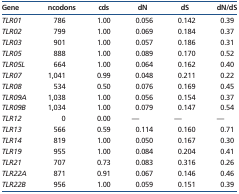
<table><thead><tr><td><b>Gene</b></td><td><b>ncodons</b></td><td><b>cds</b></td><td><b>dN</b></td><td><b>dS</b></td><td><b>dN/dS</b></td></tr></thead><tbody><tr><td><i>TLR01</i></td><td>786</td><td>1.00</td><td>0.056</td><td>0.142</td><td>0.39</td></tr><tr><td><i>TLR02</i></td><td>799</td><td>1.00</td><td>0.069</td><td>0.184</td><td>0.37</td></tr><tr><td><i>TLR03</i></td><td>901</td><td>1.00</td><td>0.057</td><td>0.186</td><td>0.31</td></tr><tr><td><i>TLR05</i></td><td>888</td><td>1.00</td><td>0.089</td><td>0.170</td><td>0.52</td></tr><tr><td><i>TLR05L</i></td><td>664</td><td>1.00</td><td>0.064</td><td>0.162</td><td>0.40</td></tr><tr><td><i>TLR07</i></td><td>1,041</td><td>0.99</td><td>0.048</td><td>0.211</td><td>0.22</td></tr><tr><td><i>TLR08</i></td><td>534</td><td>0.50</td><td>0.076</td><td>0.169</td><td>0.45</td></tr><tr><td><i>TLR09A</i></td><td>1,038</td><td>1.00</td><td>0.056</td><td>0.154</td><td>0.37</td></tr><tr><td><i>TLR09B</i></td><td>1,034</td><td>1.00</td><td>0.079</td><td>0.147</td><td>0.54</td></tr><tr><td><i>TLR12</i></td><td>0</td><td>0.00</td><td>—</td><td>—</td><td>—</td></tr><tr><td><i>TLR13</i></td><td>566</td><td>0.59</td><td>0.114</td><td>0.160</td><td>0.71</td></tr><tr><td><i>TLR14</i></td><td>819</td><td>1.00</td><td>0.050</td><td>0.167</td><td>0.30</td></tr><tr><td><i>TLR19</i></td><td>955</td><td>1.00</td><td>0.084</td><td>0.204</td><td>0.41</td></tr><tr><td><i>TLR21</i></td><td>707</td><td>0.73</td><td>0.083</td><td>0.316</td><td>0.26</td></tr><tr><td><i>TLR22A</i></td><td>871</td><td>0.91</td><td>0.067</td><td>0.146</td><td>0.46</td></tr><tr><td><i>TLR22B</i></td><td>956</td><td>1.00</td><td>0.059</td><td>0.151</td><td>0.39</td></tr></tbody></table>